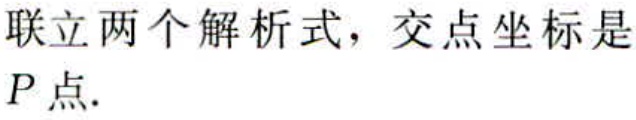
联立两个解析式，交点坐标是\(P\)点.